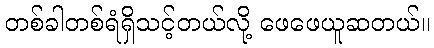
တစ်ခါတစ်ရံရှိသင့်တယ်လို့ ဖေဖေယူဆတယ်။